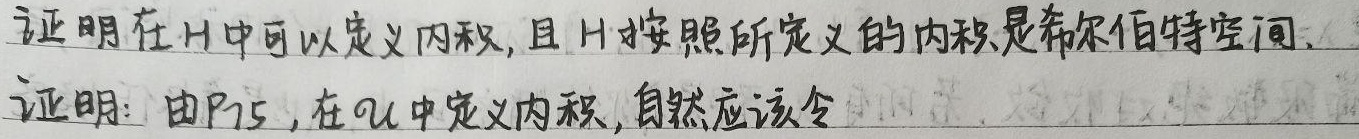
证明在\(H\)中可以定义内积，且 \(H\)按照所定义的内积是希尔伯特空间。证明：由P15，在\(\mathcal{U}\)中定义内积，自然应该令